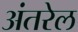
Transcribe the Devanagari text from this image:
अंतरेल